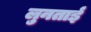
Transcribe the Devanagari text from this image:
लुनताई